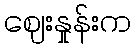
ဈေးနှုန်းက